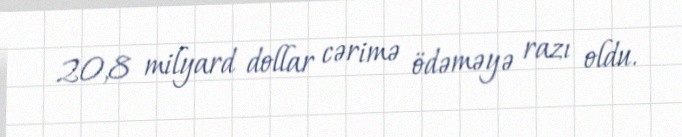
20,8 milyard dollar cərimə ödəməyə razı oldu.